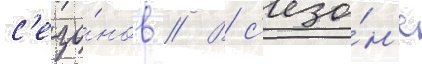
с'езо́нов // В с'езо́н'е